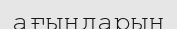
ағындарын